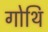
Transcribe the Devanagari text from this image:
गोथि